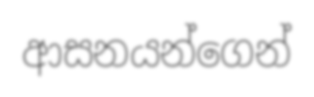
ආසනයන්ගෙන්